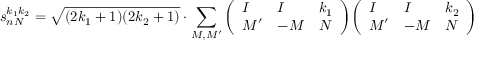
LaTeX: s _ { n N } ^ { k _ { 1 } k _ { 2 } } = { \sqrt { ( 2 k _ { 1 } + 1 ) ( 2 k _ { 2 } + 1 ) } } \cdot \sum _ { M , M ^ { \prime } } { \left( \begin{array} { l l l } { I } & { I } & { k _ { 1 } } \\ { M ^ { \prime } } & { - M } & { N } \end{array} \right) } { \left( \begin{array} { l l l } { I } & { I } & { k _ { 2 } } \\ { M ^ { \prime } } & { - M } & { N } \end{array} \right) }